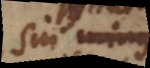
dixi minus